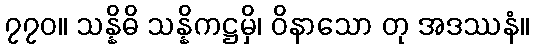
၇၇၀။ သန္နိဓိ သန္နိကဋ္ဌမှိ၊ ဝိနာသော တု အဒဿနံ။